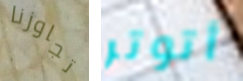
تجاوزنا أتوتر